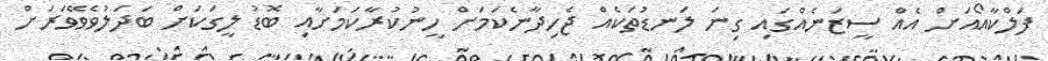
ފަލްކާއޯއަށް އެއް ސީޒަނެއްގައި ގިނަ ލަނޑުތަކެއް ޖެހިދާނެކަމަށް ހީނުކުރާކަމަށާއި ބޮޑު ލީގަކަށް ބަދަލުވެވޭވަރަށް